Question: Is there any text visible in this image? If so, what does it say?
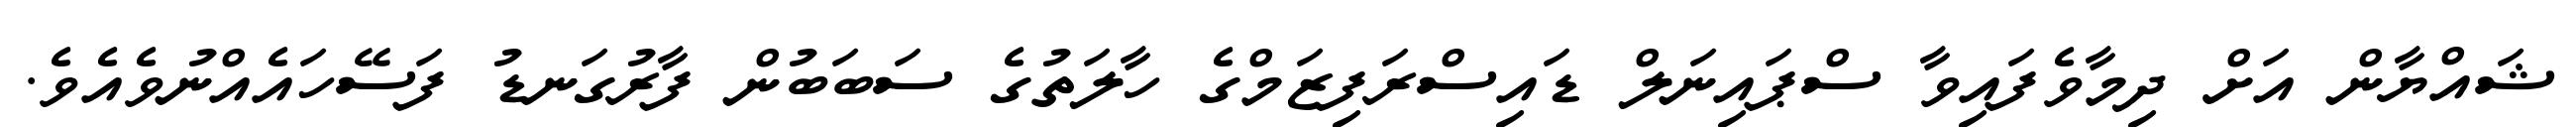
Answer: ޝައްޔާން އަށް ދިމާވެފައިވާ ސްޕައިނަލް ޑައިސްރަފިޒަމްގެ ހާލަތުގެ ސަބަބުން ފާރުގަނޑު ފަސޭހައެއްނުވެއެވެ.